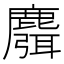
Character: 麛